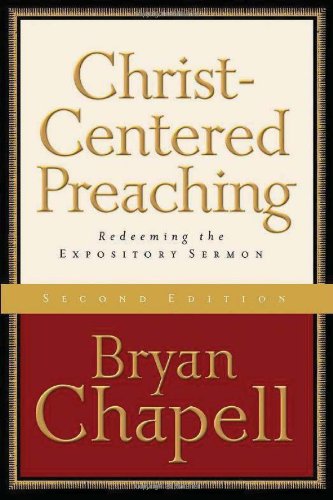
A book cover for Christ-Centered Preaching: Redeeming the Expository Sermon; Bryan Chapell; Christian Books & Bibles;